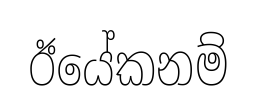
ඊයේකනම්